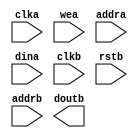
module dual_sram(
	clka,
	wea,
	addra,
	dina,
	clkb,
	rstb,
	addrb,
	doutb);


input clka;
input [0 : 0] wea;
input [8 : 0] addra;
input [15 : 0] dina;
input clkb;
input rstb;
input [8 : 0] addrb;
output [15 : 0] doutb;

// synthesis translate_off

      BLK_MEM_GEN_V4_3 #(
		.C_ADDRA_WIDTH(9),
		.C_ADDRB_WIDTH(9),
		.C_ALGORITHM(1),
		.C_BYTE_SIZE(9),
		.C_COMMON_CLK(1),
		.C_DEFAULT_DATA("0"),
		.C_DISABLE_WARN_BHV_COLL(0),
		.C_DISABLE_WARN_BHV_RANGE(0),
		.C_FAMILY("virtex5"),
		.C_HAS_ENA(0),
		.C_HAS_ENB(0),
		.C_HAS_INJECTERR(0),
		.C_HAS_MEM_OUTPUT_REGS_A(0),
		.C_HAS_MEM_OUTPUT_REGS_B(0),
		.C_HAS_MUX_OUTPUT_REGS_A(0),
		.C_HAS_MUX_OUTPUT_REGS_B(0),
		.C_HAS_REGCEA(0),
		.C_HAS_REGCEB(0),
		.C_HAS_RSTA(0),
		.C_HAS_RSTB(1),
		.C_HAS_SOFTECC_INPUT_REGS_A(0),
		.C_HAS_SOFTECC_OUTPUT_REGS_B(0),
		.C_INITA_VAL("0"),
		.C_INITB_VAL("0"),
		.C_INIT_FILE_NAME("no_coe_file_loaded"),
		.C_LOAD_INIT_FILE(0),
		.C_MEM_TYPE(1),
		.C_MUX_PIPELINE_STAGES(0),
		.C_PRIM_TYPE(1),
		.C_READ_DEPTH_A(512),
		.C_READ_DEPTH_B(512),
		.C_READ_WIDTH_A(16),
		.C_READ_WIDTH_B(16),
		.C_RSTRAM_A(0),
		.C_RSTRAM_B(0),
		.C_RST_PRIORITY_A("CE"),
		.C_RST_PRIORITY_B("CE"),
		.C_RST_TYPE("SYNC"),
		.C_SIM_COLLISION_CHECK("ALL"),
		.C_USE_BYTE_WEA(0),
		.C_USE_BYTE_WEB(0),
		.C_USE_DEFAULT_DATA(0),
		.C_USE_ECC(0),
		.C_USE_SOFTECC(0),
		.C_WEA_WIDTH(1),
		.C_WEB_WIDTH(1),
		.C_WRITE_DEPTH_A(512),
		.C_WRITE_DEPTH_B(512),
		.C_WRITE_MODE_A("READ_FIRST"),
		.C_WRITE_MODE_B("READ_FIRST"),
		.C_WRITE_WIDTH_A(16),
		.C_WRITE_WIDTH_B(16),
		.C_XDEVICEFAMILY("virtex5"))
	inst (
		.CLKA(clka),
		.WEA(wea),
		.ADDRA(addra),
		.DINA(dina),
		.CLKB(clkb),
		.RSTB(rstb),
		.ADDRB(addrb),
		.DOUTB(doutb),
		.RSTA(),
		.ENA(),
		.REGCEA(),
		.DOUTA(),
		.ENB(),
		.REGCEB(),
		.WEB(),
		.DINB(),
		.INJECTSBITERR(),
		.INJECTDBITERR(),
		.SBITERR(),
		.DBITERR(),
		.RDADDRECC());


// synthesis translate_on

// XST black box declaration
// box_type "black_box"
// synthesis attribute box_type of dual_sram is "black_box"

endmodule